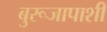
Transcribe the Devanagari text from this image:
बुरूजापाशी